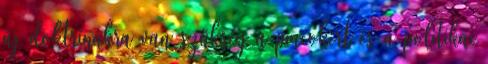
új doktrínákra van szükség a piacokért és a politikai